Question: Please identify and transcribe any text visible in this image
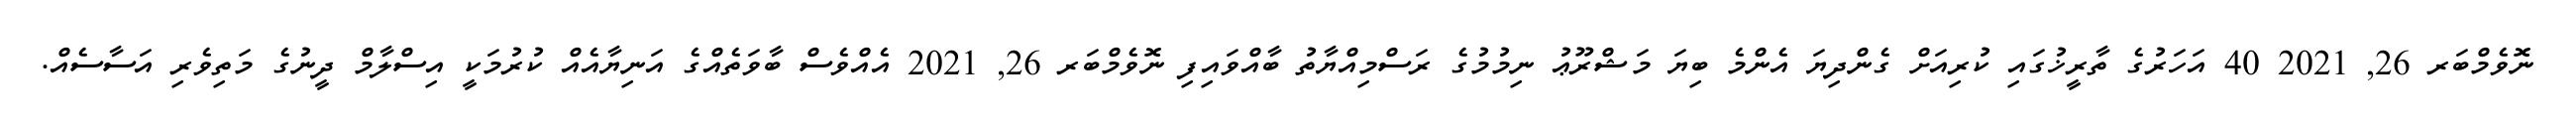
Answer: ނޮވެމްބަރ 26, 2021 40 އަހަރުގެ ތާރީޚުގައި ކުރިއަށް ގެންދިޔަ އެންމެ ބިޔަ މަޝްރޫޢު ނިމުމުގެ ރަސްމިއްޔާތު ބާއްވައިފި ނޮވެމްބަރ 26, 2021 އެއްވެސް ބާވަތެއްގެ އަނިޔާއެއް ކުރުމަކީ އިސްލާމް ދީނުގެ މަތިވެރި އަސާސެއް.